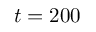
t = 2 0 0